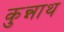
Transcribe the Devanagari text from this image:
कुन्नाथ